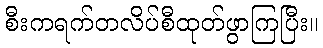
စီးကရက်တလိပ်စီထုတ်ဖွာကြပြီး။